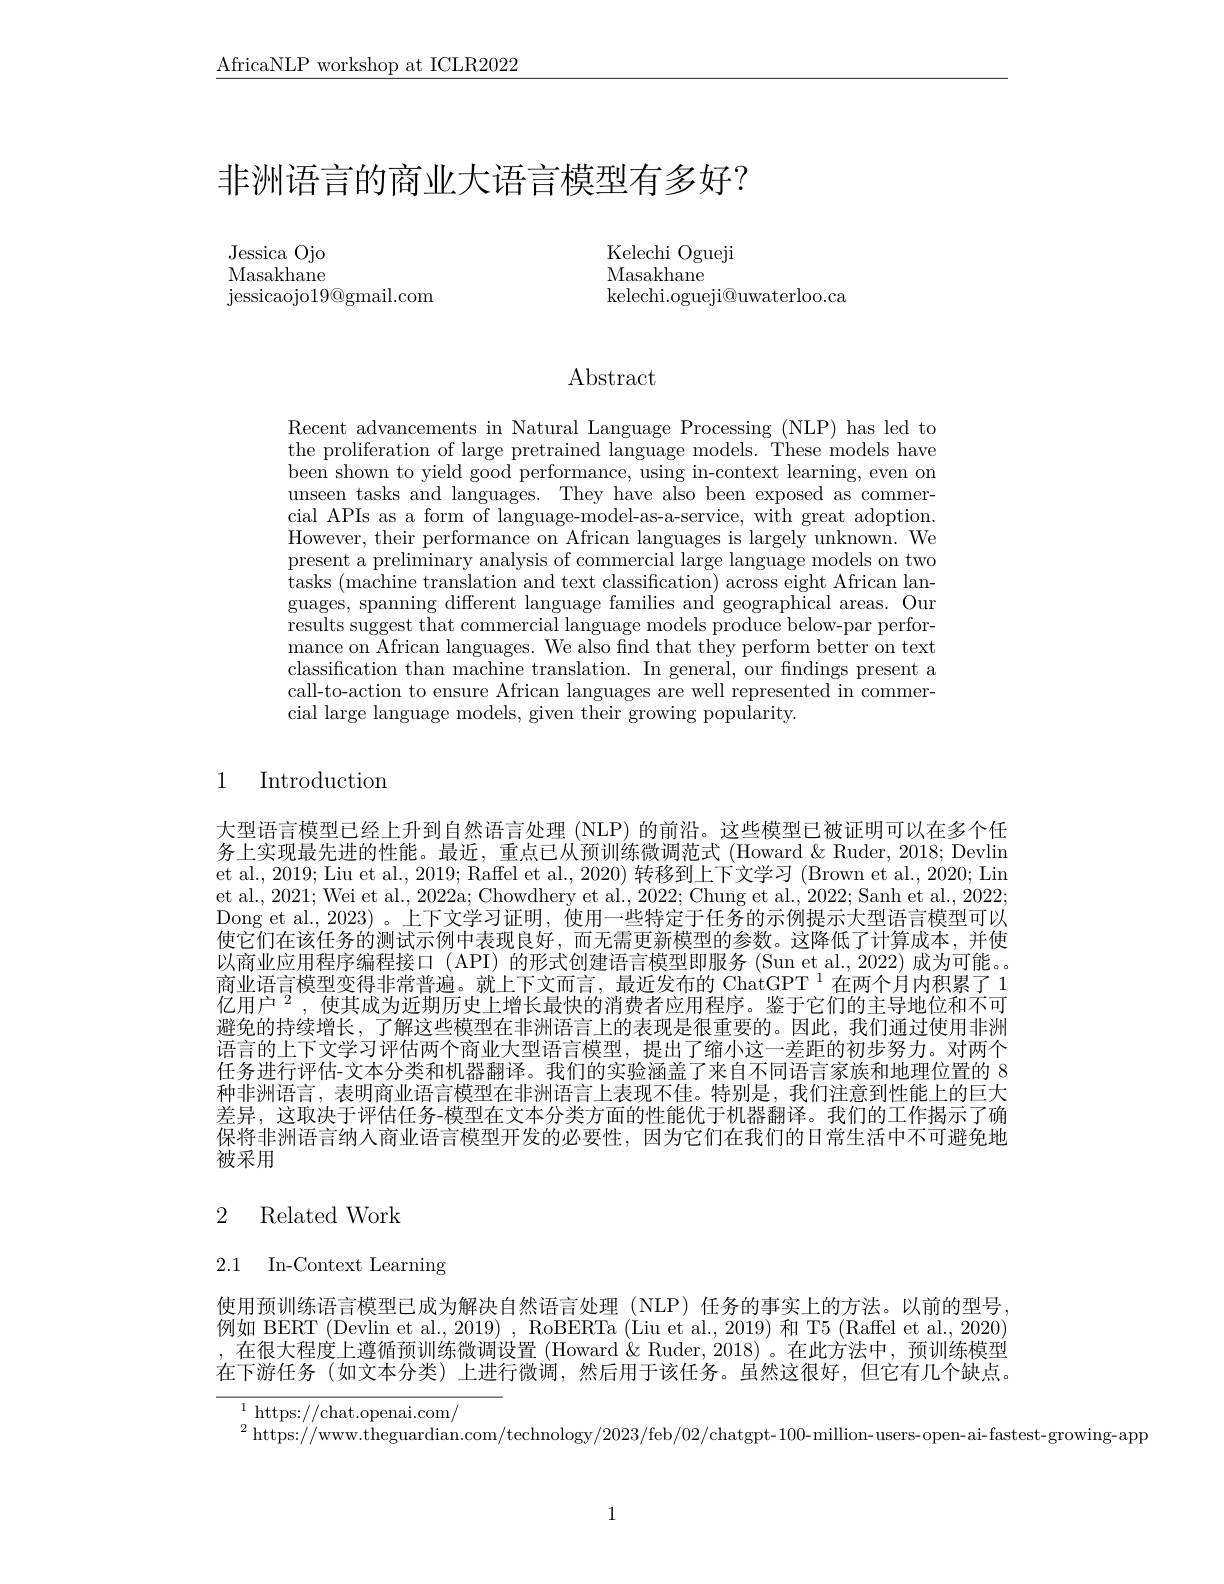
$\underline{\mathrm{AfricaNLP~workshop~at~ICLR2022}}$

# 非洲语言的商业大语言模型有多好？

Jessica Ojo Masakhane ${\mathrm{jessicaojo19@gmail.com}}$

Kelechi Ogueji
Masakhane
kelechi. ogueji@ uwaterloo. ca

# Abstract

Recent advancements in Natural Language Processing (NLP) has led to the proliferation of large pretrained language models. These models have been shown to yield good performance, using in-context learning, even on unseen tasks and languages. They have also been exposed as commercial APIs as a form of language-model-as-a-service, with great adoption. However, their performance on African languages is largely unknown. We present a preliminary analysis of commercial large language models on two tasks (machine translation and text classification) across eight African languages, spanning different language families and geographical areas. Our results suggest that commercial language models produce below-par performance on African languages. We also find that they perform better on text classification than machine translation. In general, our findings present a call-to-action to ensure African languages are well represented in commercial large language models, given their growing popularity.

1

# Introduction

大型语言模型已经上升到自然语言处理 (NLP) 的前沿。这些模型已被证明可以在多个任务上实现最先进的性能。最近，重点已从预训练微调范式 (Howard &Ruder, 2018; Devlin et al., 2019; Liu et al., 2019; Raffel et al., 2020) 转移到上下文学习 (Brown et al., 2020; Lin et al., 2021; Wei et al., 2022a; Chowdhery et al., 2022; Chung et al., 2022; Sanh et al., 2022; Dong et al., 2023) 。上下文学习证明，使用一些特定于任务的示例提示大型语言模型可以使它们在该任务的测试示例中表现良好，而无需更新模型的参数。这降低了计算成本，并使以商业应用程序编程接口 (API) 的形式创建语言模型即服务 (Sun et al.,2022) 成为可能。。商业语言模型变得非常普遍。就上下文而言，最近发布的 ChatGPT $^{1}$在两个月内积累了 1亿用户$^2$, 使其成为近期历史上增长最快的消费者应用程序。鉴于它们的主导地位和不可避免的持续增长，了解这些模型在非洲语言上的表现是很重要的。因此，我们通过使用非洲语言的上下文学习评估两个商业大型语言模型，提出了缩小这一差距的初步努力。对两个任务进行评估-文本分类和机器翻译。我们的实验涵盖了来自不同语言家族和地理位置的 8种非洲语言，表明商业语言模型在非洲语言上表现不佳。特别是，我们注意到性能上的巨大差异，这取决于评估任务-模型在文本分类方面的性能优于机器翻译。我们的工作揭示了确保将非洲语言纳人商业语言模型开发的必要性，因为它们在我们的日常生活中不可避免地被采用

# 2 Related Work

2.1 In-Context Learning

使用预训练语言模型已成为解决自然语言处理(NLP)任务的事实上的方法。以前的型号例如 BERT (Devlin et al., 2019) , RoBERTa (Liu et al., 2019) 和 T5 (Raffel et al., 2020) ,在很大程度上遵循预训练微调设置 (Howard &Ruder,2018)。在此方法中，预训练模型在下游任务 (如文本分类)上进行微调，然后用于该任务。虽然这很好，但它有几个缺点。

${}^{1}{\mathrm{~https://chat.openai.com/}}$

$^2$ https: //www. theguardian. com/ technology/ 2023/ feb/ 02/ chatgpt- 100- million- users- open- ai- fastest- growing- app

1